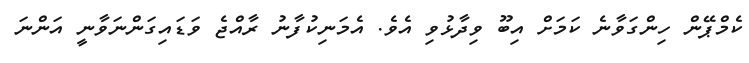
ކެމްޕޭން ހިންގަވާނެ ކަމަށް އިބޫ ވިދާޅުވި އެވެ. އެމަނިކުފާނު ރާއްޖެ ވަޑައިގަންނަވާނީ އަންނަ